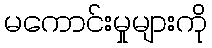
မကောင်းမှုများကို